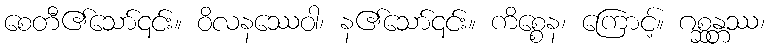
စေတီ၏သော်၎င်း။ ဝိလနဿေဝါ၊ န၏သော်၎င်း။ ကိစ္စေန၊ ကြောင့်။ ဂစ္ဆန္တဿ၊